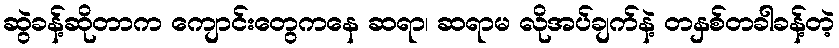
ဆွဲခန့်ဆိုတာက ကျောင်းတွေကနေ ဆရာ၊ ဆရာမ လိုအပ်ချက်နဲ့ တနှစ်တခါခန့်တဲ့